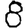
Digit: 8